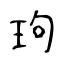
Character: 玽